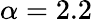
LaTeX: \alpha=2.2